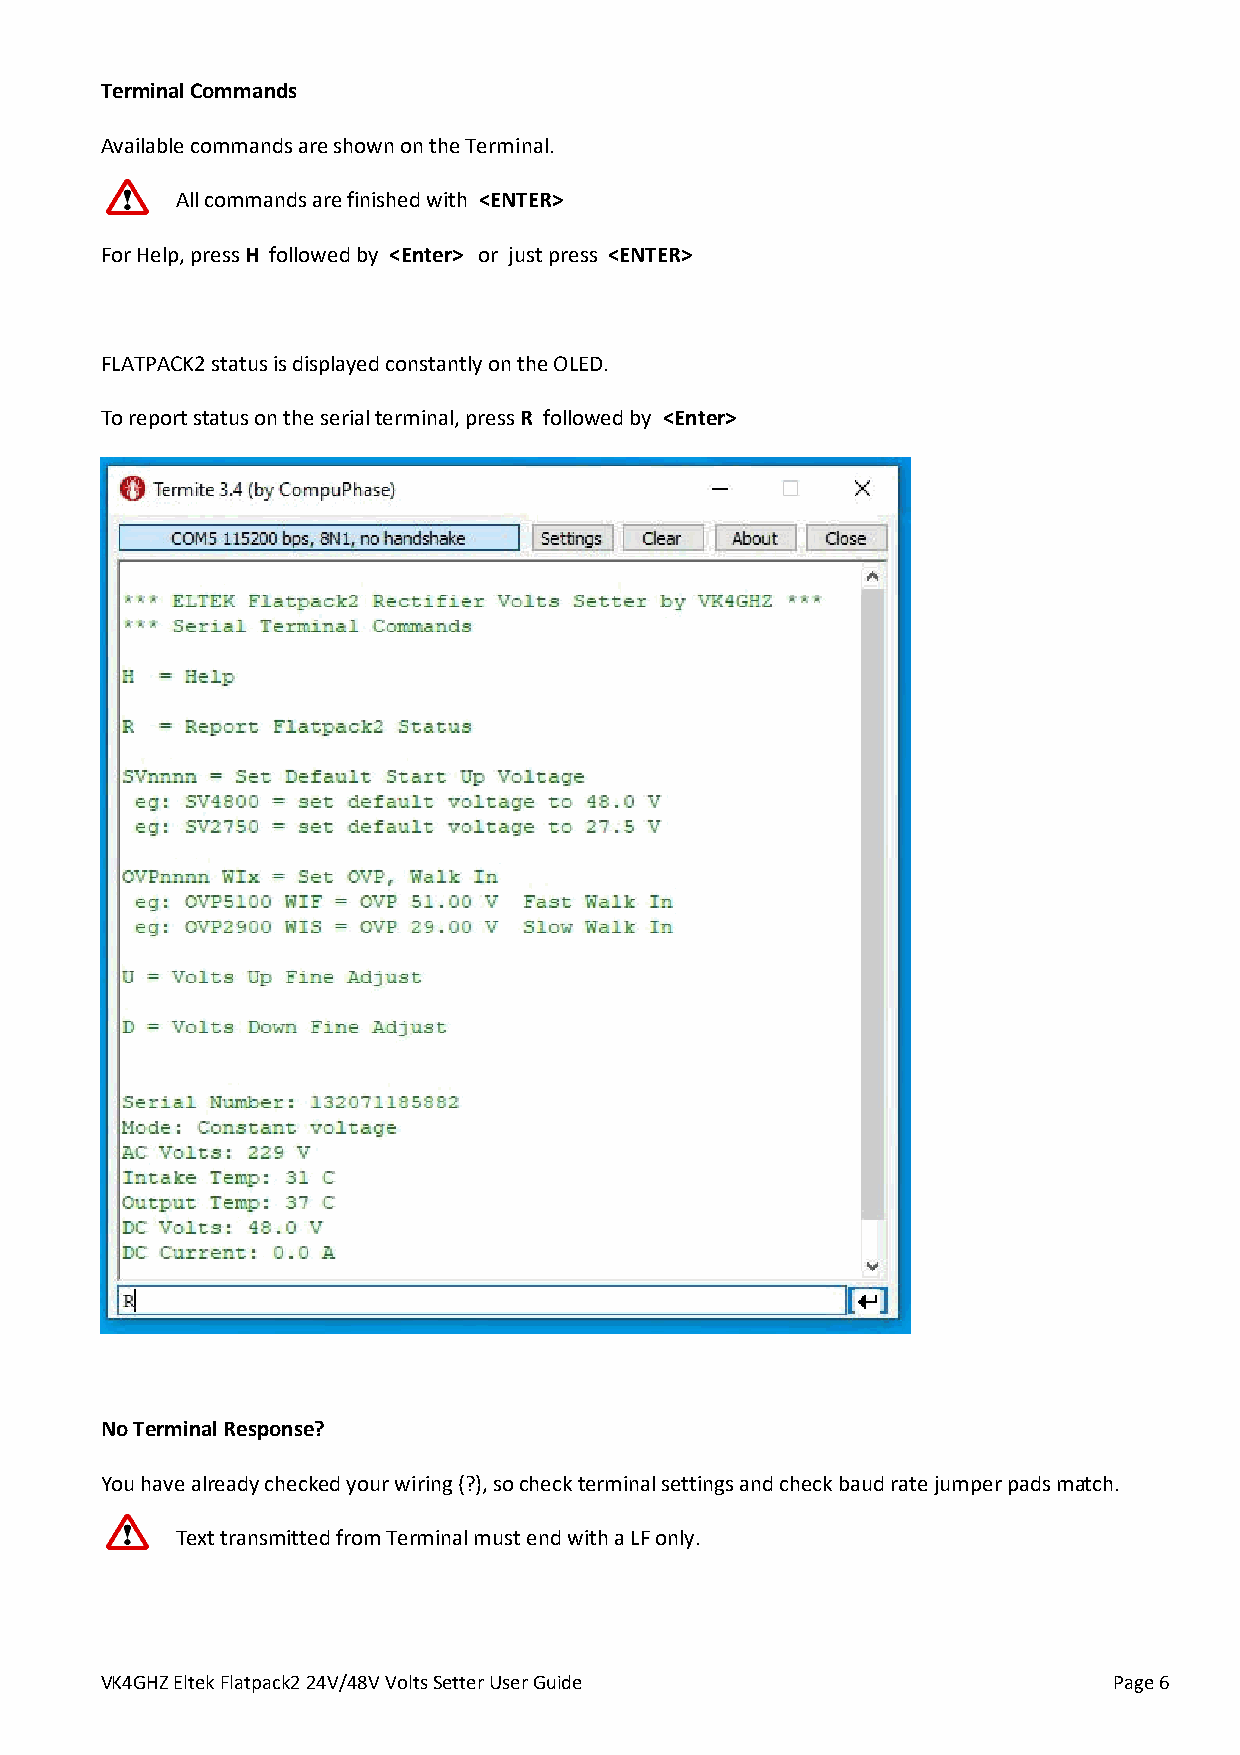
Terminal Commands
 Available commands are shown on the Terminal.
 All commands are finished with <ENTER>
 For Help, press H followed by <Enter> or just press <ENTER>
 FLATPACK2 status is displayed constantly on the OLED.
 To report status on the serial terminal, press R followed by <Enter>
 No Terminal Response?
 You have already checked your wiring (?), so check terminal settings and check baud rate jumper pads match.
 Text transmitted from Terminal must end with a LF only.
 VK4GHZ Eltek Flatpack2 24V/48V Volts Setter User Guide             Page 6